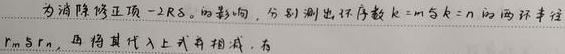
为消除修正项$-2R_{8}$的影响，分别测出环序数$k = m$与$k = n$的两环半径$r_{m},r_{n}$，再将其代入上式并相减，有